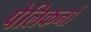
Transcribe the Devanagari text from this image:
पेलिकनों